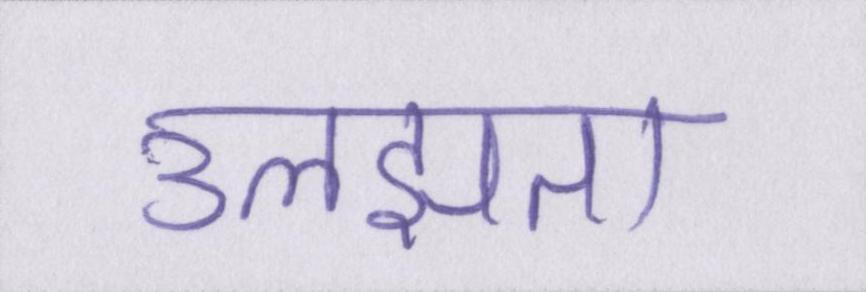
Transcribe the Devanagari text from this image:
उलझता